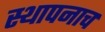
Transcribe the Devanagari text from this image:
स्थापनाच